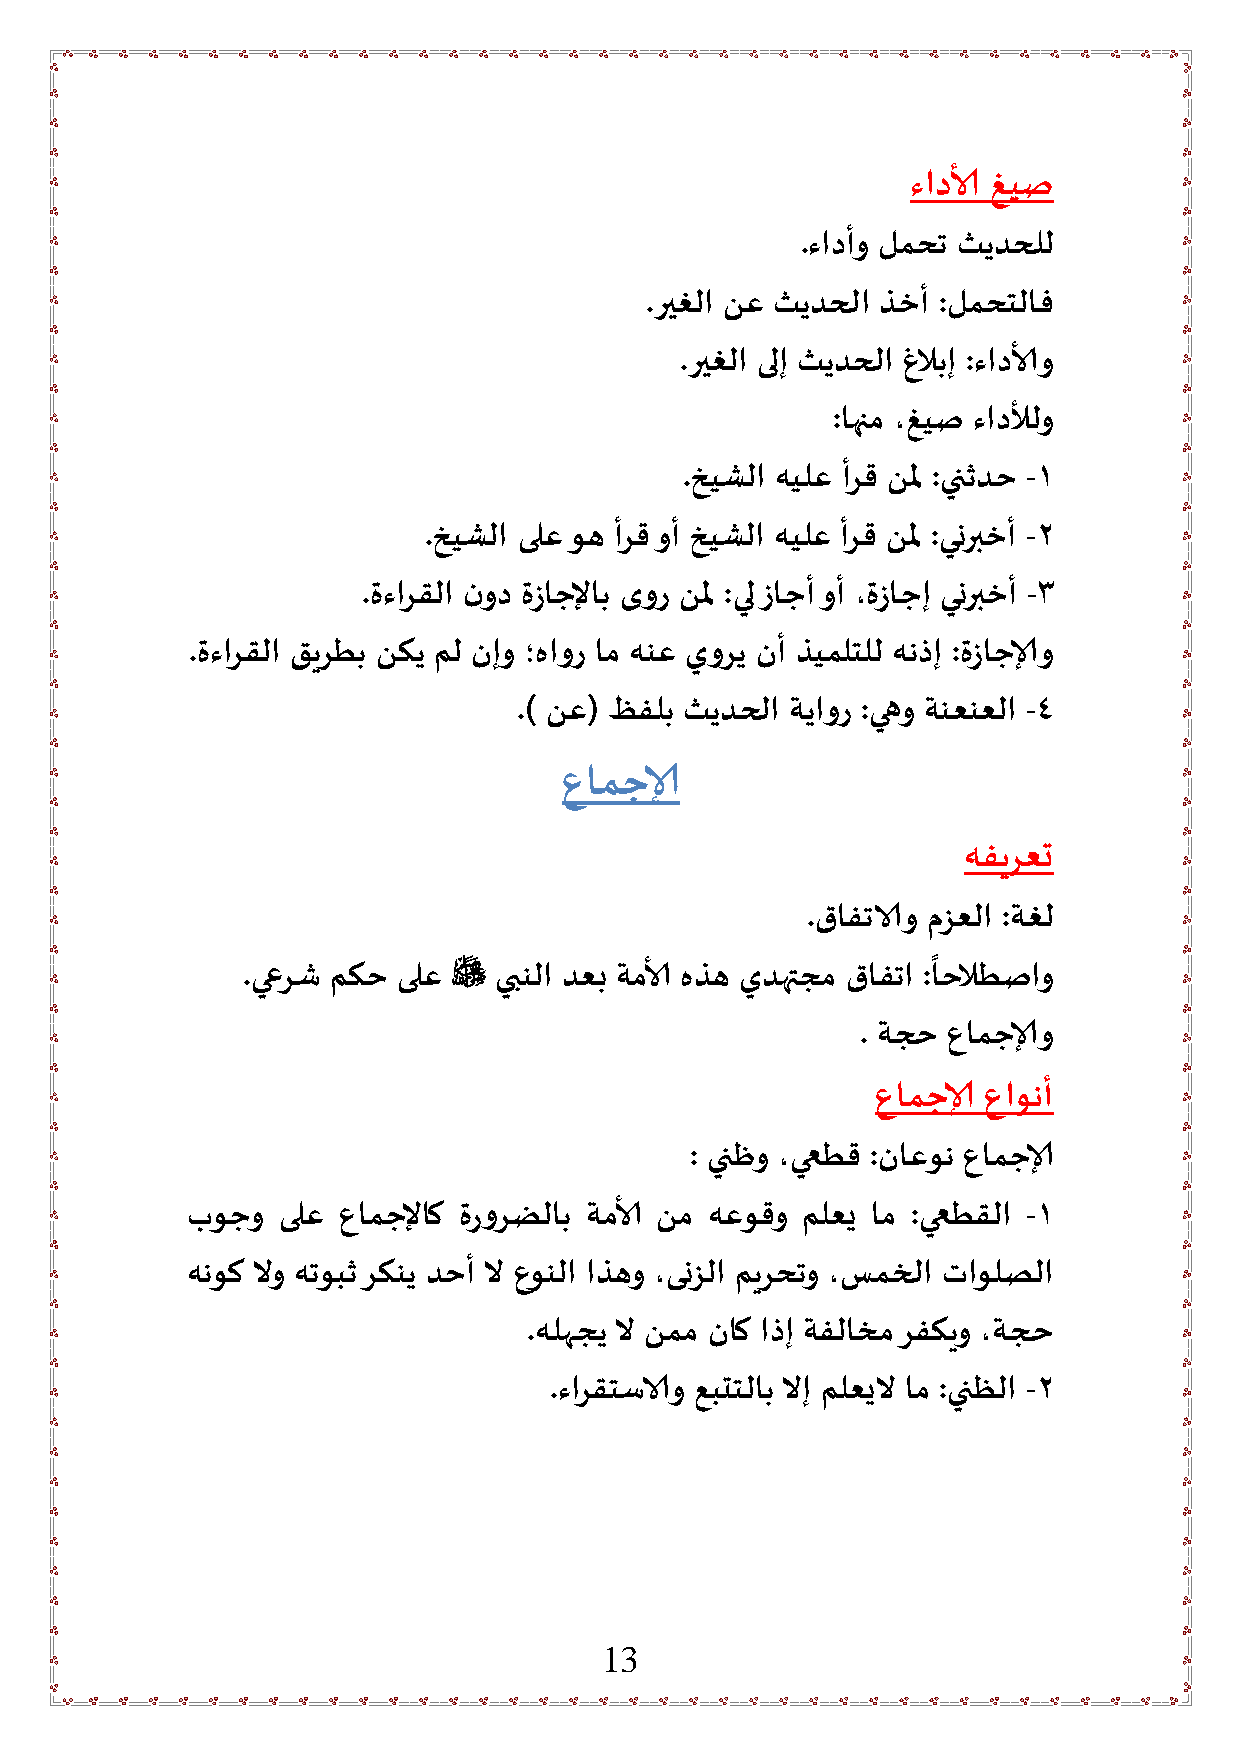
ءادالأ غيص
 .ءادأو لمحت ثيدحلل
 .ريغلا نع ثيدحلا ذخأ :لمحتلاف
 .ريغلا ىلإ ثيدحلا لابإ :ءادالأ و
 :اهام ،غيص ءادلألو
 .خيشلا هيلع أرق نلم :ينثدح -1
 .خيشلا ىلع وه أرق وأ خيشلا هيلع أرق نلم :ينربخأ -2
 .مءارقلا نود مزاجلإاب ىور نلم :يل زاجأ وأ ،مزاجإ ينربخأ -3
 .مءار قلا قيرطب نكي مل نإو ؛هاور ام هنع يوري نأ ذيملتلل هنذإ :مزاجالو
 .) نع( ظفلب ثيدحلا ةياور :يهو ةنعنعلا -4
 عامجال
 هفيرعت
 .قافتاستو مزعلا :ةغل
 ً
 .يعرش مكح ىلع   يبنلا دعب ةمالأ هذه يدهتجم قافتا :احلاطصاو
 . ةجح عامجالو
 عامجال عاونأ
 : ينظو ،يعطق :ناعون عامجال
 بوجو  ىلع عامجلإاك مرورضلاب ةمالأ نم هعوقو ملعي ام :يعطقلا -1
 هنوك لاو هتوبث ركني دحأ لا عونلا اذهو ،ىنزلا ميرحتو ،سمخلا تاولصلا
 .هلهجي لا نمم ناك اذإ ةفلاخم رفكيو ،ةجح
 .ءارقتساستو عبتتلاب لاإ ملعيلا ام :ينظلا -2
 13